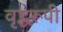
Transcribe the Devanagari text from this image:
वृद्धरूपी